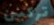
تركبين